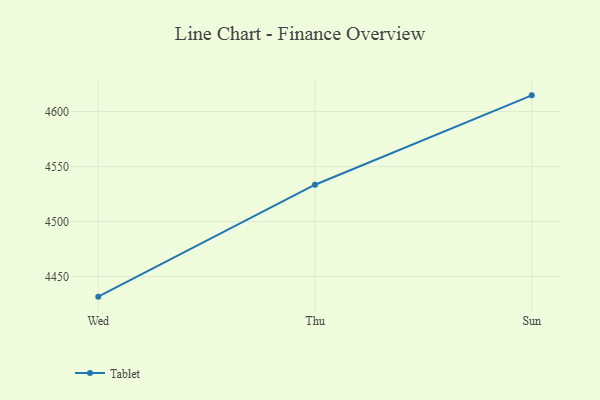
{"axis": {"x": "Day", "y": "Operating Costs (USD K)"}, "legend": ["Tablet"], "data": [{"x": "Wed", "y": 4431.6, "type": "Tablet"}, {"x": "Thu", "y": 4533.4, "type": "Tablet"}, {"x": "Sun", "y": 4614.7, "type": "Tablet"}]}